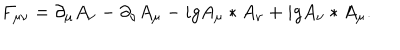
F _ { \mu \nu } = \partial _ { \mu } A _ { \nu } - \partial _ { \nu } A _ { \mu } - i g A _ { \mu } \ast A _ { \nu } + i g A _ { \nu } \ast A _ { \mu } .